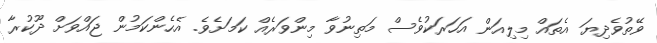
ވޭތުވެދިޔަ އެތައް މިލިއަން އަހަރަކުވެސް މަތިނުވާ މިންވަރެއް ކަމަށެވެ. އެހެންކަމުން ޖައްވަށް ދޫކުރާ